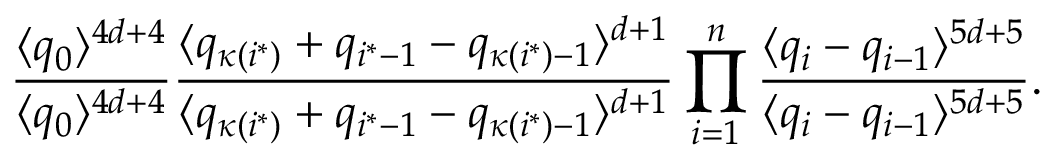
\frac { \langle q _ { 0 } \rangle ^ { 4 d + 4 } } { \langle q _ { 0 } \rangle ^ { 4 d + 4 } } \frac { \langle q _ { \kappa ( i ^ { * } ) } + q _ { i ^ { * } - 1 } - q _ { \kappa ( i ^ { * } ) - 1 } \rangle ^ { d + 1 } } { \langle q _ { \kappa ( i ^ { * } ) } + q _ { i ^ { * } - 1 } - q _ { \kappa ( i ^ { * } ) - 1 } \rangle ^ { d + 1 } } \prod _ { i = 1 } ^ { n } \frac { \langle q _ { i } - q _ { i - 1 } \rangle ^ { 5 d + 5 } } { \langle q _ { i } - q _ { i - 1 } \rangle ^ { 5 d + 5 } } .